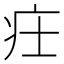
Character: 𤴶